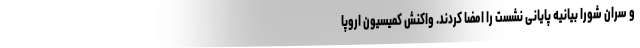
و سران شورا بیانیه پایانی نشست را امضا کردند. واکنش کمیسیون اروپا